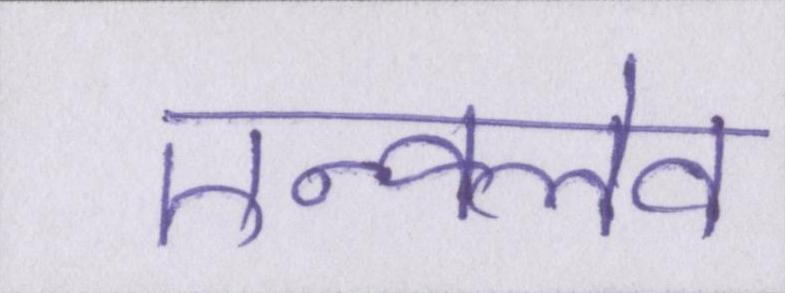
एन्क्लेव